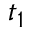
t _ { 1 }